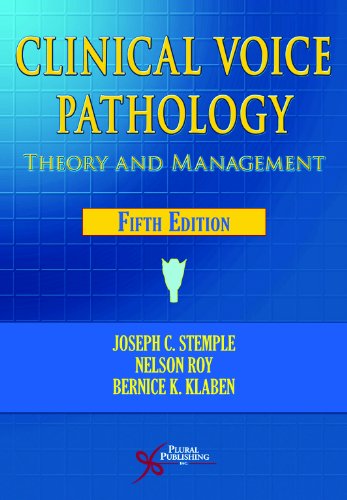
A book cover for Clinical Voice Pathology: Theory and Management; Joseph C. Stemple; Medical Books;